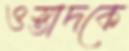
ওস্তাদকে